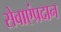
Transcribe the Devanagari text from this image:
सेवाएंप्रदान